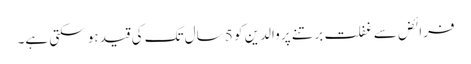
فرائض سے غفلت برتنے پر والدین کو 5 سال تک کی قید ہو سکتی ہے۔